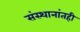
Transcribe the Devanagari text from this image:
संस्थानांतही